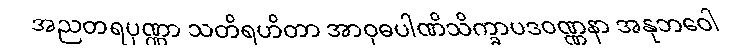
အညတရပုဏ္ဏာ သတိရဟိတာ အာဝုဓပါဏိသိက္ခာပဒဝဏ္ဏနာ အနုဘဝေါ